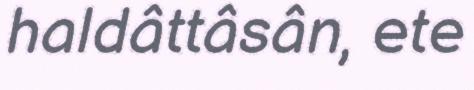
haldâttâsân, ete